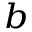
^ b